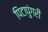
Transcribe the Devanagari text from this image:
पिटापुंगरी